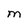
Character: M